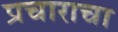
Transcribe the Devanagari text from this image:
प्रचाराचा